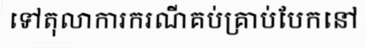
ទៅតុលាការករណីគប់គ្រាប់បែកនៅ